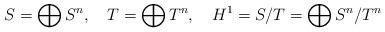
LaTeX: \begin{align*} S=\bigoplus S^n,\quad T=\bigoplus T^n,\quad H^1=S/T=\bigoplus S^n/T^n\end{align*}